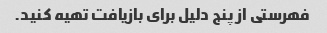
فهرستی از پنج دلیل برای بازیافت تهیه کنید.